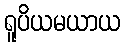
ရူပိယမယာယ